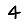
Digit: 4